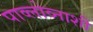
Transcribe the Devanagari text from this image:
पाव्लोव्नाशी